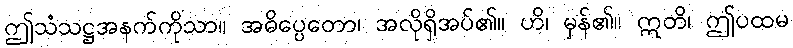
ဤသံသဋ္ဌအနက်ကိုသာ။ အဓိပ္ပေတော၊ အလိုရှိအပ်၏။ ဟိ၊ မှန်၏။ ဣတိ၊ ဤပထမ